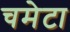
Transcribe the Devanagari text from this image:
चमेटा